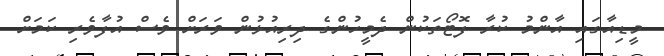
މީޑިއާގައި އާންމު ކުރާ ފޮޓޯތަކުން ދެމީހުންގެ ދިރިއުޅުން ވަރަށް ވެސް އުފާވެރި ކަމަށް